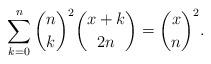
LaTeX: \begin{align*}\sum_{k=0}^n\binom{n}{k}^2\binom{x+k}{2n}=\binom{x}{n}^2. \end{align*}